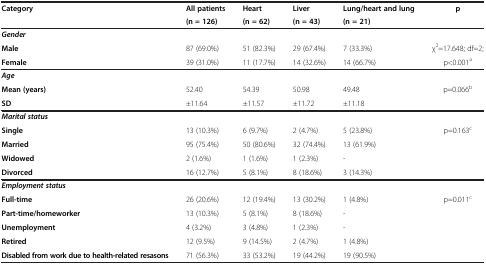
| Category | All patients | Heart | Liver | Lung/heart and lung | p |
 |  | (n = 126) | (n = 62) | (n = 43) | (n = 21) |  |
 | --- | --- | --- | --- | --- | --- |
 | Gender |  |  |  |  |  |
 | Male | 87 (69.0%) | 51 (82.3%) | 29 (67.4%) | 7 (33.3%) | χ2=17.648; df=2; |
 | Female | 39 (31.0%) | 11 (17.7%) | 14 (32.6%) | 14 (66.7%) | p<0.001a |
 | Age |  |  |  |  |  |
 | Mean (years) | 52.40 | 54.39 | 50.98 | 49.48 | p=0.066b |
 | SD | ±11.64 | ±11.57 | ±11.72 | ±11.18 |  |
 | Marital status |  |  |  |  |  |
 | Single | 13 (10.3%) | 6 (9.7%) | 2 (4.7%) | 5 (23.8%) | p=0.163c |
 | Married | 95 (75.4%) | 50 (80.6%) | 32 (74.4%) | 13 (61.9%) |  |
 | Widowed | 2 (1.6%) | 1 (1.6%) | 1 (2.3%) | - |  |
 | Divorced | 16 (12.7%) | 5 (8.1%) | 8 (18.6%) | 3 (14.3%) |  |
 | Employment status |  |  |  |  |  |
 | Full-time | 26 (20.6%) | 12 (19.4%) | 13 (30.2%) | 1 (4.8%) | p=0.011c |
 | Part-time/homeworker | 13 (10.3%) | 5 (8.1%) | 8 (18.6%) | - |  |
 | Unemployment | 4 (3.2%) | 3 (4.8%) | 1 (2.3%) | - |  |
 | Retired | 12 (9.5%) | 9 (14.5%) | 2 (4.7%) | 1 (4.8%) |  |
 | Disabled from work due to health-related resasons | 71 (56.3%) | 33 (53.2%) | 19 (44.2%) | 19 (90.5%) |  |